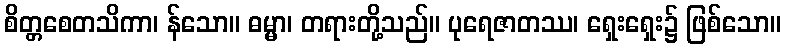
စိတ္တစေတသိကာ၊ န်သော။ ဓမ္မာ၊ တရားတို့သည်။ ပုရေဇာတဿ၊ ရှေးရှေး၌ ဖြစ်သော။